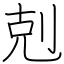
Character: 剋